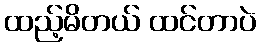
ထည့်မိတယ် ထင်တာပဲ